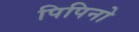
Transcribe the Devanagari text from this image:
पिपिनो